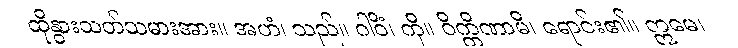
ထိုနွားသတ်သမားအား။ အဟံ၊ သည်။ ဂါဝိံ၊ ကို။ ဝိက္ကိဏာမိ၊ ရောင်း၏။ ဣမေ၊